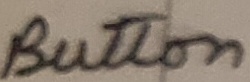
Text: Button